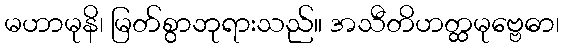
မဟာမုနိ၊ မြတ်စွာဘုရားသည်။ အသီတိဟတ္ထမုဗ္ဗေဓာ၊